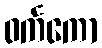
ဝင်္ကကော